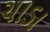
ચાડા